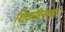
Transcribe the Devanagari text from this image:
शिकविनयचा